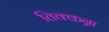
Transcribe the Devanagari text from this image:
तिक्कन्ना